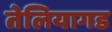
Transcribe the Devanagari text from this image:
तेलियागड